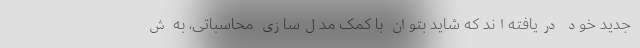
جدید خود دریافته‌اند که شاید بتوان با کمک مدل‌سازی محاسباتی، به ش